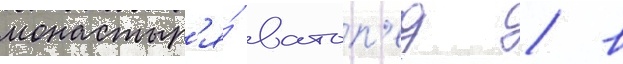
монастыр'я́ ватоп'ед / в